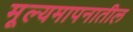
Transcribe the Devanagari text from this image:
मूल्यमापनातील